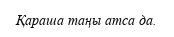
Қараша таңы атса да.